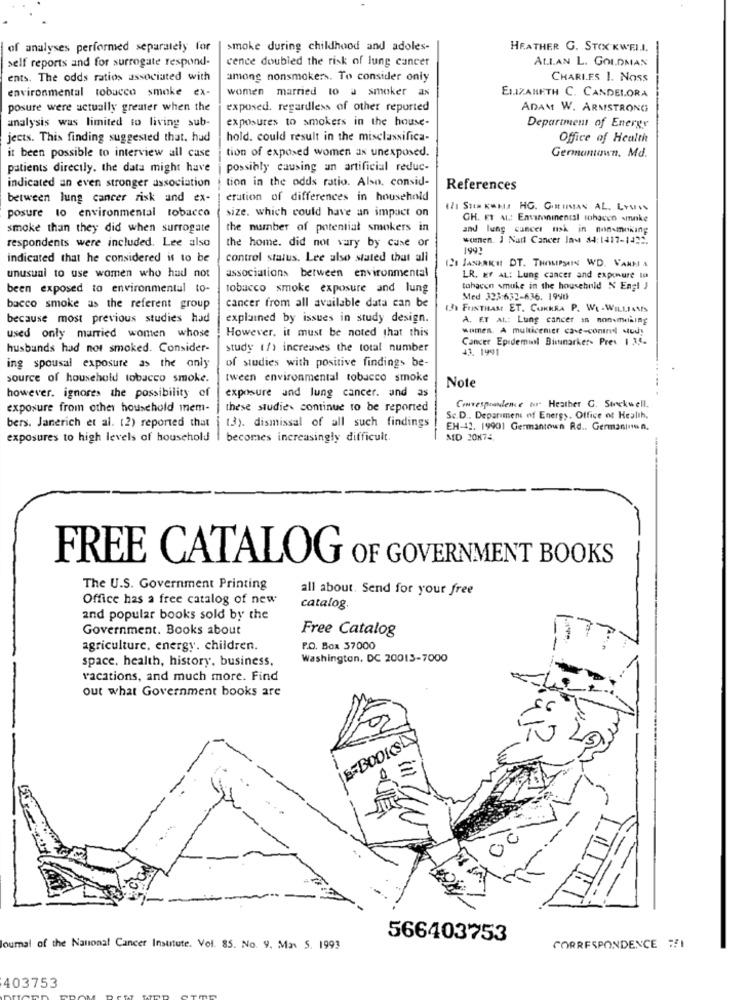
of analyses performed separately for
smoke during childhood and adoles-
HEATHER G. STOX KWEI.I.
self reports and for surrogate respond-
cence doubled the risk of lung cancer
ALLAN L. GOLDMAN
ents. The odds ratios associated with
among nonsmokers. To consider only
CHARLES 1. NOss
environmental tobacco smoke ex-
ELIZABETH C. CANDELORA
women married to a smoker as
posure were actually greater when the
exposed. regardless of other reported
ADAM W. ARMSTRONG
exposures to smokers in the house-
analysis was limited to living sub-
Department of Energy
jects. This finding suggested that. had
hold. could result in the misclassifica-
Office of Health
tion of exposed women as unexposed.
it been possible to interview all case
Germantown, Md.
patients directly. the data might have
possibly causing an artificial reduc-
tion in the odds ratio. Also, consid-
indicated an even stronger association
References
between lung cancer risk and ex-
eration of differences in household
posure to environmental tobacco
size. which could have an impact on
if Sus KWHJ HG. COMTIMIAN AL. LYWAS
GH. ET AL .: Envavininental lohacen sminke
smoke than they did when surrogate
the number of potential smokers in
and lung cancer nsk in non-moking
women. I Natt Cancer Ins $4:1417-1432.
respondents were included. Lee also
the home. did not vary by case or
1992
indicated that he considered is to be
control status. Lee also stated that all
20 JANERIKHI DT. THOMPSON WD. VANNI A
unusual to use women who had not
associations between environmental
LR. MY AL: Lung cancer and expomure to
been exposed to environmental to-
tobacco smoke exposure and lung
tohacen smuke in the househnld N Engl J
Med 323:632-636. 1990
bacco smoke as the referent group
cancer from all available data can be
13 FUSTHAR ET. CORREA P. WE - WILLIAMS
because most previous studies had
explained by issues in study design.
A. ET AL .: Lung cancer in non-mining
However, it must be noted that this
women. A multicenter ca-e-conind wicdy
used only married women whose
Cancer Epidemiol Bimmarker- Pres 1 35.
husbands had not smoked. Consider-
study (/) increases the total number
43. 1991
ing spousal exposure as the only
of studies with positive findings be-
source of household tobacco smoke.
tween environmental tobacco smoke
exposure and lung cancer. and as
Note
however. ignores the possibility of
exposure from other household mem-
these studie. continue to be reported
Conrespeandlene w Heather G. Stockwell.
13). dismissal of all such findings
Se.D ., Deparimens of Energy. Office of Health.
bers. Janerich et al. (2) reported that
EH-42. 199901 Germantown Rd .. Germaninen.
exposures to high levels of household
becomes increasingly difficult.
MD 20N74.
FREE CATALOG OF GOVERNMENT BOOKS
The U.S. Government Printing
all about. Send for your free
Office has a free catalog of new
catalog.
and popular books sold by the
Government. Books about
Free Catalog
agriculture, energy. children.
P.O. Box 37000
space. health, history, business,
Washington, DC 20013-7000
vacations, and much more. Find
out what Government books are
E-BOOKS
=
566403753
Journal of the National Cancer Institute. Vol. 85. No. 9. Mas S. 1993
CORRESPONDENCE :I
403753